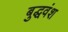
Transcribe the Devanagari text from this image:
बुद्धवंश